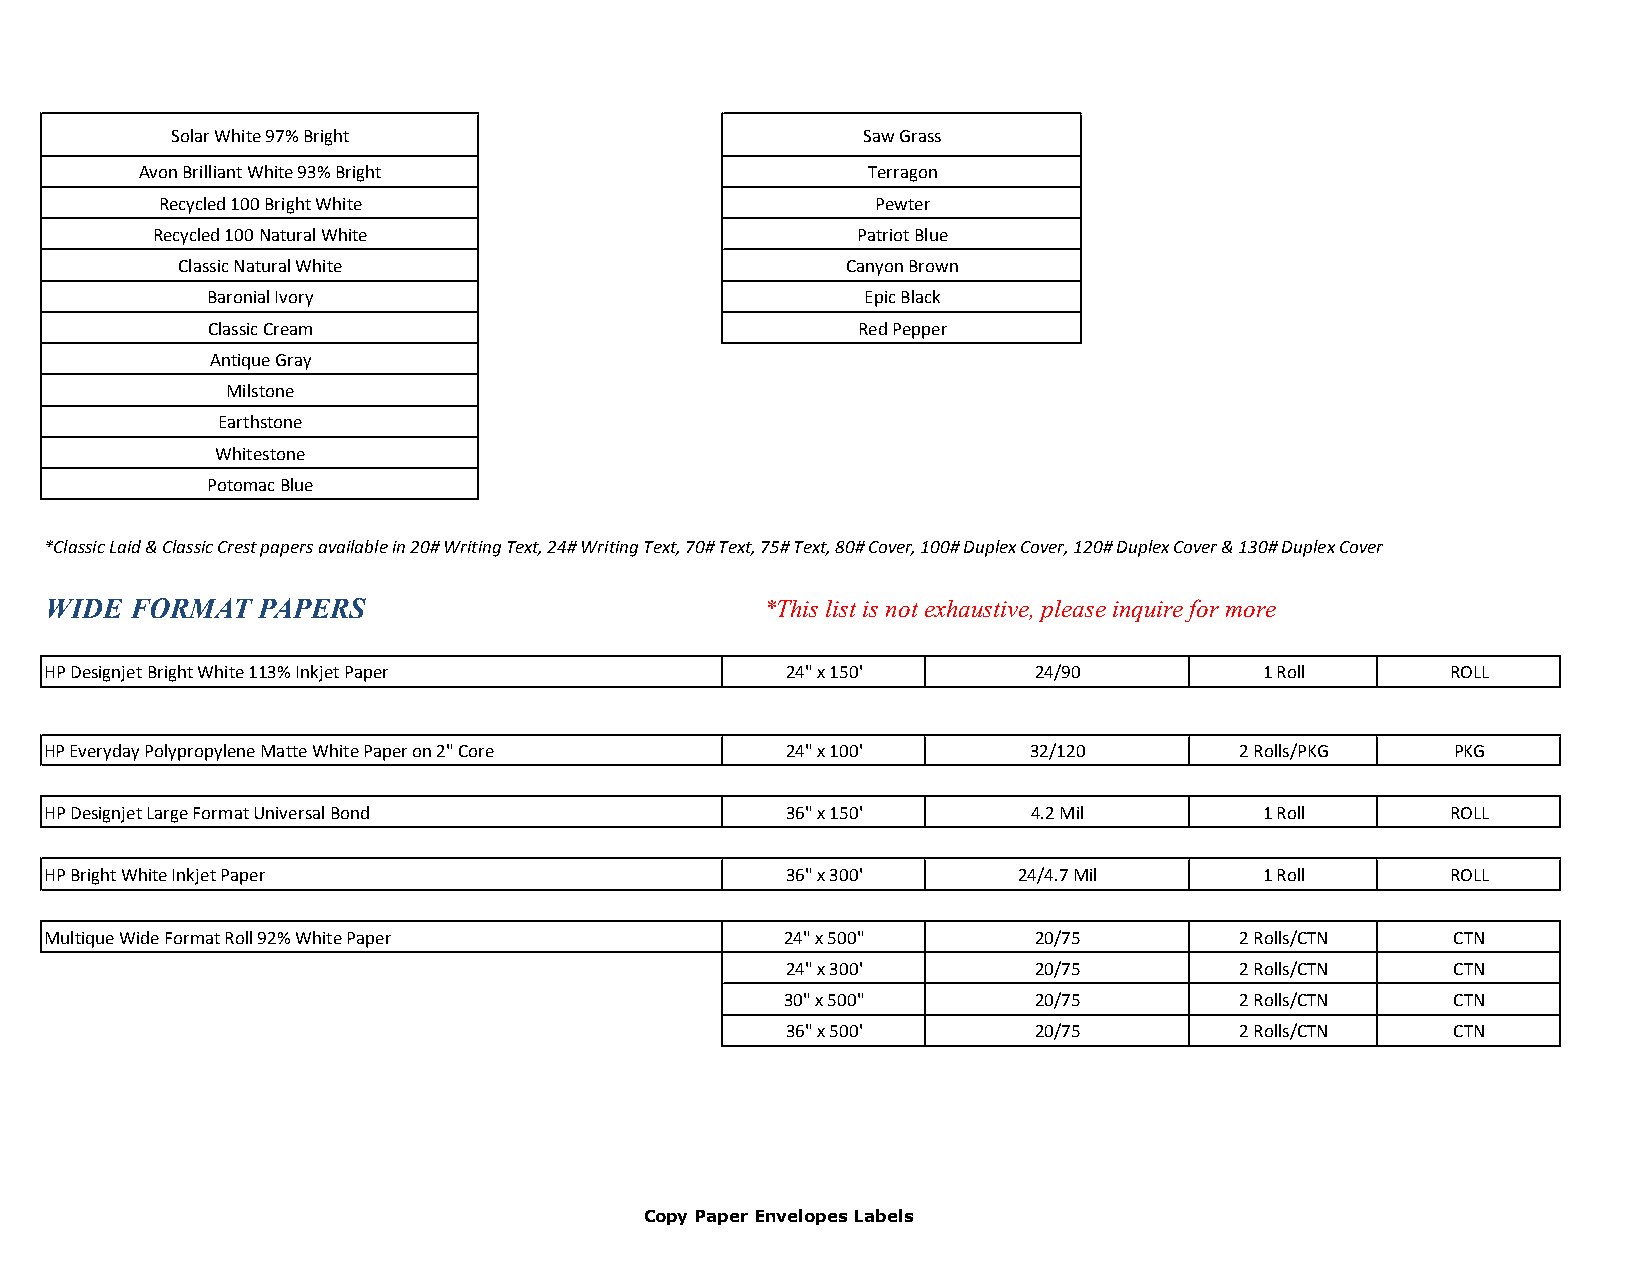
Solar White 97% Bright                        Saw Grass
 Avon Brilliant White 93% Bright                 Terragon
 Recycled 100 Bright White                       Pewter
 Recycled 100 Natural White                     Patriot Blue
 Classic Natural White                       Canyon Brown
 Baronial Ivory                             Epic Black
 Classic Cream                              Red Pepper
 Antique Gray
 Milstone
 Earthstone
 Whitestone
 Potomac Blue
 *Classic Laid & Classic Crest papers available in 20# Writing Text, 24# Writing Text, 70# Text, 75# Text, 80# Cover, 100# Duplex Cover, 120# Duplex Cover & 130# Duplex Cover
 WIDE  FORMAT  PAPERS                            *This list is not exhaustive, please inquire for more
 HP Designjet Bright White 113% Inkjet Paper      24" x 150'      24/90           1 Roll      ROLL
 HP Everyday Polypropylene Matte White Paper on 2" Core 24" x 100' 32/120       2 Rolls/PKG   PKG
 HP Designjet Large Format Universal Bond         36" x 150'      4.2 Mil         1 Roll      ROLL
 HP Bright White Inkjet Paper                     36" x 300'     24/4.7 Mil       1 Roll      ROLL
 Multique Wide Format Roll 92% White Paper        24" x 500"      20/75         2 Rolls/CTN   CTN
 24" x 300'      20/75         2 Rolls/CTN   CTN
 30" x 500"      20/75         2 Rolls/CTN   CTN
 36" x 500'      20/75         2 Rolls/CTN   CTN
 Copy Paper Envelopes Labels